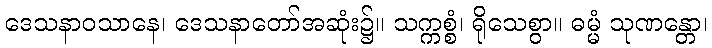
ဒေသနာဝသာနေ၊ ဒေသနာတော်အဆုံး၌။ သက္ကစ္စံ၊ ရိုသေစွာ။ ဓမ္မံ သုဏန္တော၊